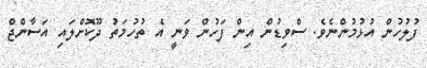
ފުލުހުން އުޅުމުންނެވެ. ސްވިޑުން އިން ފަހުން ވަަނީ އެ ތުހުމަތު ދޫކޮށްލައި އަސާންޖް